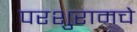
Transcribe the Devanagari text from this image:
परशुरामचे